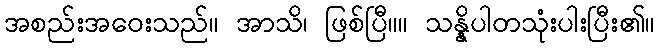
အစည်းအဝေးသည်။ အာသိ၊ ဖြစ်ပြီ။။ သန္နိပါတသုံးပါးပြီး၏။